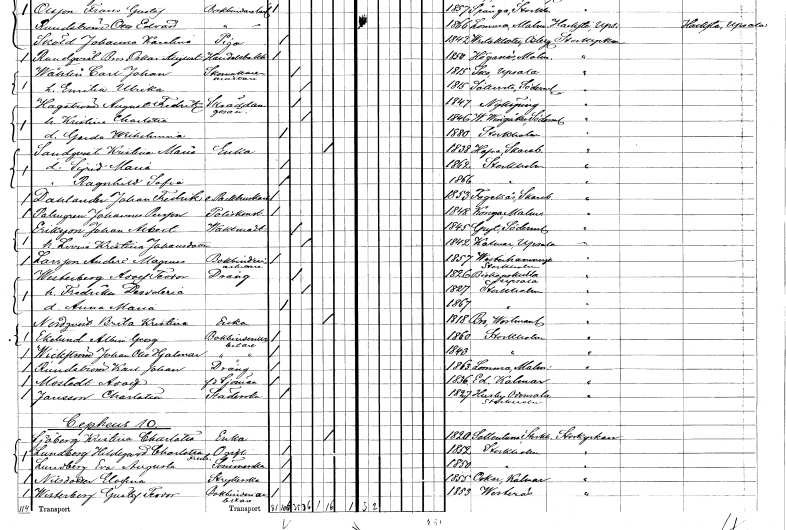
gt_parse: households: individuals: FN: Kristina Maria
EN: Sandqvist
YRKE: Änka
KON: K
CIV: E
FODAR: 1838
FODFORS: Hova Skaraborgs län
FN: Sigrid Maria
KON: K
CIV: O
FODAR: 1862
FODFORS: Stockholm
FN: Ragnhild Sofia
KON: K
CIV: O
FODAR: 1866
FODFORS: Stockholm
FN: Johan Fredrik
EN: Dahlander
YRKE: Packhuskarl
KON: M
CIV: O
FODAR: 1853
FODFORS: Fågelås Skaraborgs län
FN: Johannes
EN: Palmgren Persson
YRKE: Poliskonstapel
KON: M
CIV: O
FODAR: 1848
FODFORS: Konga Malmöhus län
FN: Johan Albert
EN: Eriksson
YRKE: Vaktmästare
KON: M
CIV: G
FODAR: 1845
FODFORS: Gryt Södermanlands län
FN: Lovisa Kristina
EN: Johansdotter
KON: K
CIV: G
FODAR: 1842
FODFORS: Kalmar Uppsala län
FN: Anders Magnus
EN: Larsson
YRKE: Bokbinderiarbetare
KON: M
CIV: O
FODAR: 1857
FODFORS: Västerhaninge Stockholms län
FN: Adolf Teodor
EN: Westerberg
YRKE: Dräng
KON: M
CIV: G
FODAR: 1826
FODFORS: Biskopskulla Uppsala län
FN: Fredrika Desideria
KON: K
CIV: G
FODAR: 1827
FODFORS: Stockholm
FN: Anna Maria
KON: K
CIV: O
FODAR: 1867
FODFORS: Stockholm
FN: Brita Kristina
EN: Nordqvist
YRKE: Änka
KON: K
CIV: E
FODAR: 1818
FODFORS: Kolsva Västmanlands län
FN: Albin Georg
EN: Ekelund
YRKE: Bokbinderiarbetare
KON: M
CIV: O
FODAR: 1860
FODFORS: Stockholm
FN: Johan Otto Hjalmar
EN: Wickström
YRKE: Bokbinderiarbetare
KON: M
CIV: O
FODAR: 1843
FODFORS: Stockholm
FN: Karl Johan
EN: Rundström
YRKE: Dräng
KON: M
CIV: O
FODAR: 1863
FODFORS: Lomma Malmöhus län
FN: Adolf
EN: Mostedt
YRKE: Sjöman f.d.
KON: M
CIV: O
FODAR: 1836
FODFORS: Ed Kalmar län
FN: Charlotta
EN: Jansson
YRKE: Städerska
KON: K
CIV: O
FODAR: 1827
FODFORS: Odensala Stockholms län
FN: Kristina Charlotta
EN: Sjöberg
YRKE: Änka
KON: K
CIV: E
FODAR: 1820
FODFORS: Sollentuna Stockholms län
FN: Hildegard Charlotta Fredrika
EN: Lundberg
KON: K
CIV: O
FODAR: 1852
FODFORS: Stockholm
FN: Eva Augusta
EN: Lundberg
YRKE: Sömmerska
KON: K
CIV: O
FODAR: 1850
FODFORS: Stockholm
FN: Elofina
EN: Nilsdotter
YRKE: Strykerska
KON: K
CIV: O
FODAR: 1855
FODFORS: Oskar Kalmar län
FN: Gustaf Teodor
EN: Westerberg
YRKE: Bokbinderiarbetare
KON: M
CIV: O
FODAR: 1853
FODFORS: Västerås Västmanlands län